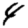
Digit: 4